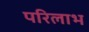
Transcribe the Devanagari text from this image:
परिलाभ